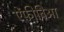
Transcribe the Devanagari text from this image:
ऐंफ़ीबिआ